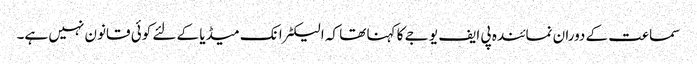
سماعت کے دوران نمائندہ پی ایف یو جے کا کہنا تھا کہ الیکٹرانک میڈیا کے لئے کوئی قانون نہیں ہے۔